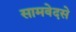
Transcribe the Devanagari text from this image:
सामवेदसे